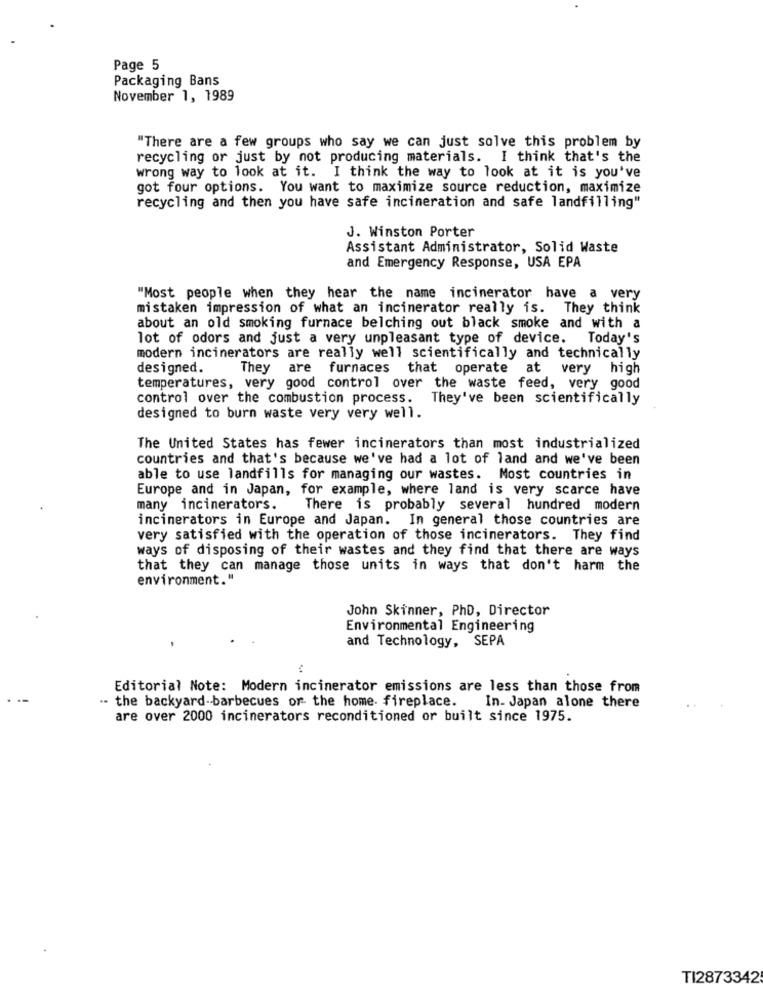
Page 5
Packaging Bans
November 1, 1989
"There are a few groups who say we can just solve this problem by
recycling or just by not producing materials. I think that's the
wrong way to look at it. I think the way to look at it is you've
got four options. You want to maximize source reduction, maximize
recycling and then you have safe incineration and safe landfilling"
J. Winston Porter
Assistant Administrator, Solid Waste
and Emergency Response, USA EPA
"Most people when they hear the name incinerator have a very
mistaken impression of what an incinerator really is. They think
about an old smoking furnace belching out black smoke and with a
lot of odors and just a very unpleasant type of device. Today's
modern incinerators are really well scientifically and technically
designed.
They are furnaces
that operate at very high
temperatures, very good control over the waste feed, very good
control over the combustion process.
They've been scientifically
designed to burn waste very very well.
The United States has fewer incinerators than most industrialized
countries and that's because we've had a lot of land and we've been
able to use landfills for managing our wastes. Most countries in
Europe and in Japan, for example, where land is very scarce have
many incinerators.
There is probably several hundred modern
incinerators in Europe and Japan. In general those countries are
very satisfied with the operation of those incinerators. They find
ways of disposing of their wastes and they find that there are ways
that they can manage those units in ways that don't harm the
environment."
John Skinner, PhD, Director
Environmental Engineering
and Technology, SEPA
Editorial Note: Modern incinerator emissions are less than those from
.- the backyard-barbecues or the home. fireplace. In- Japan alone there
are over 2000 incinerators reconditioned or built since 1975.
TI2873342